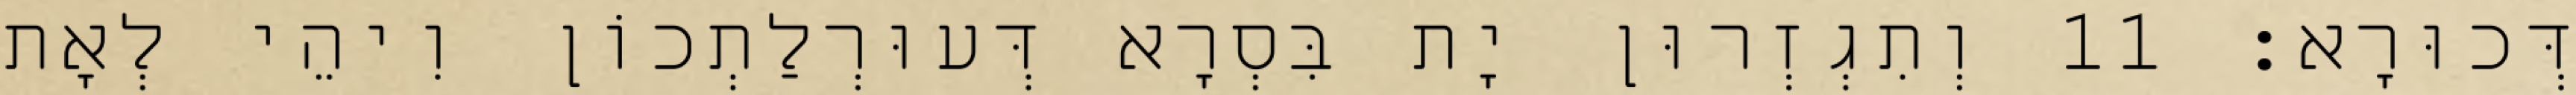
דְּכוּרָא׃ 11 וְתִגְזְרוּן יָת בִּסְרָא דְּעוּרְלַתְכוֹן וִיהֵי לְאָת